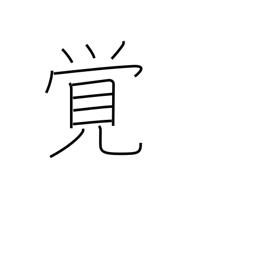
Meaning: remember